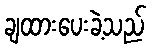
ချထားပေးခဲ့သည်